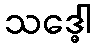
သဒ္ဓေါ